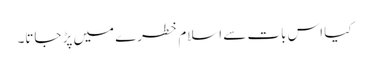
کیا اس بات سے اسلام خطرے میں پڑ جاتا۔